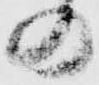
の